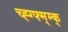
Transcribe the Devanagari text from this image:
च्ह्ग्फ्म्म्क्